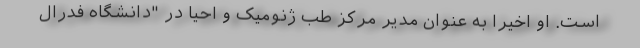
است. او اخیرا به عنوان مدیر مرکز طب ژنومیک و احیا در "دانشگاه فدرال